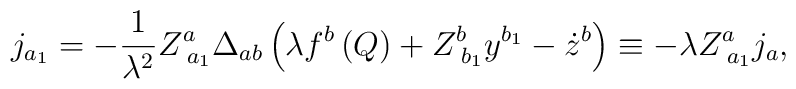
j_{a_1}=-\frac 1{\lambda ^2}Z_{\;a_1}^a\Delta _{ab}\left(\lambda f^b\left( Q\right) +Z_{\;b_1}^by^{b_1}-\dot z^b\right) \equiv-\lambda Z_{\;a_1}^aj_a,